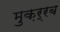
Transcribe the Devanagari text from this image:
मुक़र्रब